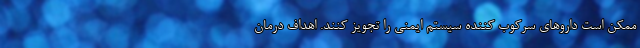
ممکن است داروهای سرکوب کننده سیستم ایمنی را تجویز کنند. اهداف درمان